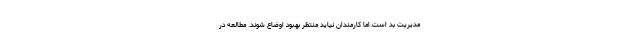
مدیریت بد است.اما کارمندان نیاید منتظر بهبود اوضاع شوند. مطالعه در